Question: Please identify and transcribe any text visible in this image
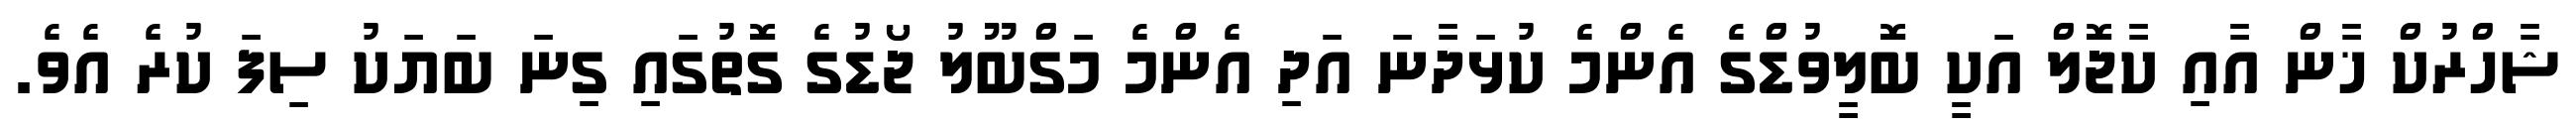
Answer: ޝާހްރުކް ޚާން އާއި ކާޖޮލް އަކީ ބޮލީވުޑްގެ އެންމެ ކުޅަދާނަ އަދި އެންމެ މަގްބޫލު ޖޯޑުގެ ގޮތުގައި ގިނަ ބަޔަކު ސިފަ ކުރެ އެވެ.